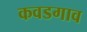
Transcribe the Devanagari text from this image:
कवडगाव